Insane asylums in Bengal annual reports 1876-1887 - 1876-1887
Year: 1876
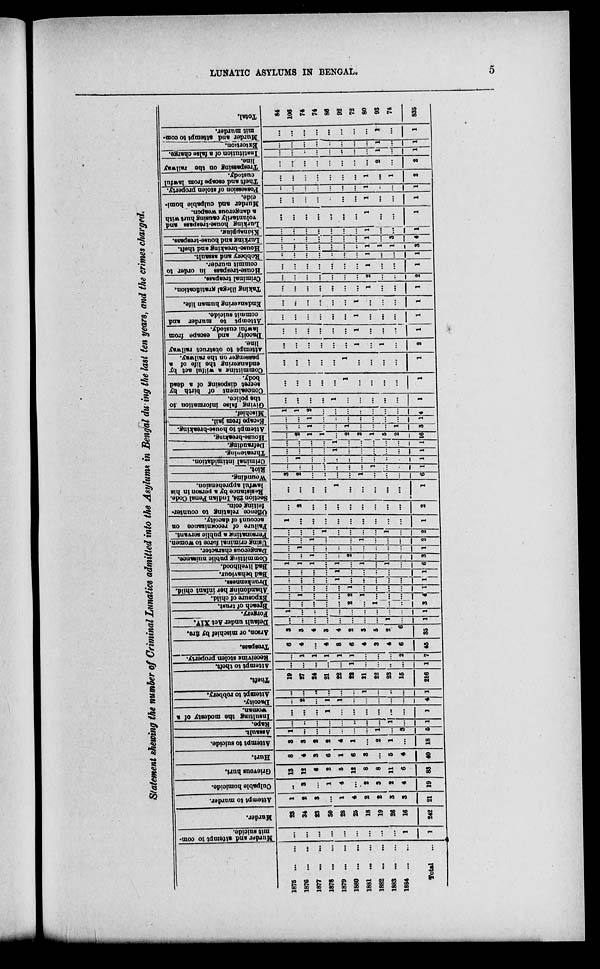
LUNATIC ASYLUMS IN BENGAL.
5
Statement showing the number of Criminal Lunatics admitted into the Asylums in Bengal during the last ten years, and the crimes charged.
1875
...
...
1876
...
...
1877
...
...
1878 ... ...
1879
...
...
1880 ... ...
1881
...
...
1882
...
...
1883
...
...
1884 ... ...
Total
...
Murder and attempt to com-
mit suicide.
...
...
...
...
...
...
...
...
...
1
1
Murder.
23
34
28
30
28
25
18
19
26
16
242
Attempt to murder.
1
2
3
...
1
4
2
2
3
3
21
Culpable homicide.
...
3
...
1
4
...
2
3
2
4
19
Grievous hurt.
13
12
6
2
5
12
8
8
11
6
83
Hurt.
8
4
3
6
1
6
3
...
5
4
40
Attempt to suicide.
3
3
2
2
4
1
...
2
1
...
18
Assault.
1
...
...
...
...
...
...
1
...
3
5
Rape.
...
...
...
...
...
...
...
...
1
...
1
Insulting the modesty of a
woman.
...
...
...
1
...
...
...
...
...
...
1
Dacoity.
...
2
...
1
1
...
...
...
...
...
4
Attempt to robbery.
...
...
..
...
...
...
1
...
...
...
1
Theft.
19
27
24
21
22
22
21
22
23
15
216
Attempt to theft.
...
...
...
...
...
1
...
...
...
...
1
Receiving stolen property.
...
1
1
1
1
1
...
...
...
2
7
Trespass.
6
4
...
4
8
6
4
3
4
6
45
Arson, or mischief by fire.
3
3
4
3
4
2
3
5
2
6
35
Default under Act XIV.
...
...
...
...
...
...
...
...
1
...
1
Forgery.
1
...
...
...
...
...
...
...
...
...
1
Breach of trust.
...
...
...
...
...
2
...
1
...
...
3
Exposure of child.
...
1
...
...
...
2
1
...
...
...
4
Abandoning her infant child.
...
...
...
...
...
1
...
...
...
...
1
Drunkenness.
...
...
...
...
1
...
...
..
...
...
1
Bad behaviour.
...
...
...
...
1
...
...
...
...
...
1
Bad livelihood.
1
1
1
...
1
...
1
...
1
...
6
Committing public nuisance.
...
...
1
...
...
2
...
...
...
...
3
Dangerous character.
...
1
...
...
...
...
...
..
...
...
1
using criminal force to women.
...
...
1
...
...
...
1
...
...
...
2
Personating a public servant.
...
...
...
1
...
...
...
...
1
...
2
Failure of recognizance on
account of dacoity.
1
...
...
...
...
...
...
...
...
...
1
Offence relating to counter-
feiting coin.
...
2
...
...
...
...
...
...
...
...
2
Section 224, Indian Penal Code.
Resistance by a person in his
lawful apprehension.
...
...
...
...
1
...
...
...
...
...
1
Wounding.
3
2
...
...
...
...
1
...
...
...
6
Riot.
...
...
...
...
..
...
...
1
....
...
1
Criminal intimidation.
...
1
...
...
...
...
...
...
...
...
1
Threatening.
...
...
...
...
1
...
...
...
..
...
1
Defrauding.
...
...
...
...
1
...
...
...
...
...
1
House-breaking.
...
2
1
1
...
2
2
1
5
2
16
Attempt to house-breaking.
...
...
1
...
...
1
...
...
...
1
3
Escape
from jail.
...
...
1
...
...
...
...
...
...
...
1
Mischief.
1
1
2
...
...
...
...
...
...
...
4
Giving false information to
the police.
...
...
...
...
1
...
...
...
...
...
1
Concealment of birth by
secret disposing of a dead
body.
...
...
...
...
...
1
...
...
...
...
1
Committing a wilful act by
endangering the life of a
passenger on the railway.
...
...
...
...
...
1
...
...
...
...
1
Attempt to obstruct railway
line.
...
...
...
...
...
...
1
...
1
...
2
Dacoity and escape from
lawful custody.
...
...
...
...
...
...
1
...
...
...
1
Attempt to murder and
commit suicide.
...
...
...
...
...
...
1
...
...
...
1
Endangering human life.
. . .
...
...
...
...
...
1
...
...
...
1
Taking illegal gratification.
...
...
...
...
...
...
...
1
...
...
1
Criminal trespass.
...
...
...
...
...
...
...
2
...
...
2
House-trespass in order to
commit murder.
...
...
...
...
...
...
...
1
...
...
1
Robbery and assault.
...
...
...
...
..
...
...
1
..
...
1
House-breaking and theft.
...
...
...
...
...
...
...
1
1
1
3
Lurking and house-trespass.
...
...
...
...
...
...
...
1
...
3
4
Kidnapping.
...
...
...
...
...
...
...
1
...
...
1
Lurking house-trespass and
voluntarily causing hurt with
a dangerous weapon.
...
...
...
...
...
...
...
1
...
...
1
Murder and culpable homi-
cide.
...
...
...
...
...
...
...
1
...
...
1
Possession of stolen property.
...
...
...
...
...
...
...
1
...
...
1
Theft and escape from lawful
custody.
...
...
...
...
...
...
...
1
...
1
2
Trespassing on the railway
line.
...
...
...
...
...
...
...
...
2
...
2
Institution of a false charge.
...
...
...
...
...
...
...
...
1
...
1
Extortion.
...
...
...
...
...
...
...
...
1
...
1
Murder and attempt to com-
mit murder.
...
...
...
...
...
...
...
...
1
...
1
Total.
84
106
74
74
86
92
72
80
93
74
835